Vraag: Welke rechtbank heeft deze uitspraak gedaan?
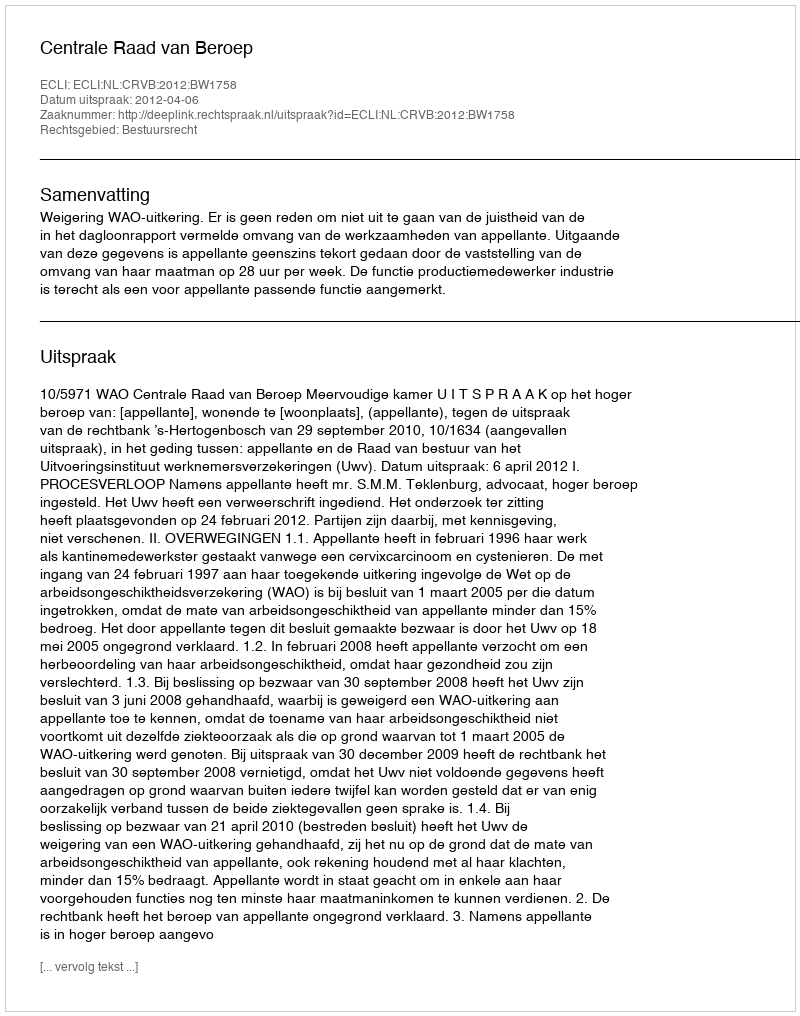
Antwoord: Centrale Raad van Beroep